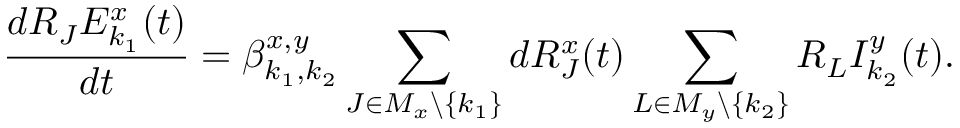
\frac { d R _ { J } E _ { k _ { 1 } } ^ { x } ( t ) } { d t } = \beta _ { k _ { 1 } , k _ { 2 } } ^ { x , y } \sum _ { J \in M _ { x } \backslash \{ k _ { 1 } \} } d R _ { J } ^ { x } ( t ) \sum _ { L \in M _ { y } \backslash \{ k _ { 2 } \} } R _ { L } I _ { k _ { 2 } } ^ { y } ( t ) .